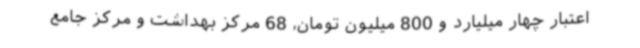
اعتبار چهار میلیارد و 800 میلیون تومان، 68 مرکز بهداشت و مرکز جامع